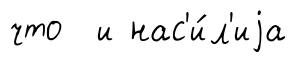
что и нас'и́л'иjа